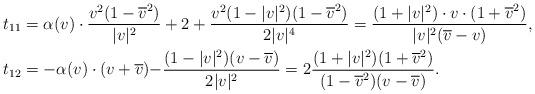
LaTeX: \begin{align*}t_{11}&=\alpha(v)\cdot \frac{v^2(1-\overline{v}^2)}{|v|^2}+2+\frac{v^2(1-|v|^2)(1-\overline{v}^2)}{2|v|^4}=\frac{(1+|v|^2)\cdot v\cdot (1+\overline{v}^2)}{|v|^2(\overline{v}-v)},\\t_{12}&=-\alpha(v)\cdot(v+\overline{v}) {-} \frac{(1-|v|^2)({v-\overline{v}})}{2|v|^2}={2} \frac{(1+|v|^2)(1+\overline{v}^2)}{(1-\overline{v}^2)(v-\overline{v})}.\end{align*}